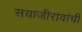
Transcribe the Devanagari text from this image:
सयाजीरावांची